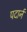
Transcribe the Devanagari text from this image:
पदार्न